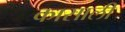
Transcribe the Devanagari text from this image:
कासाली